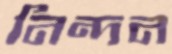
নিন্দন